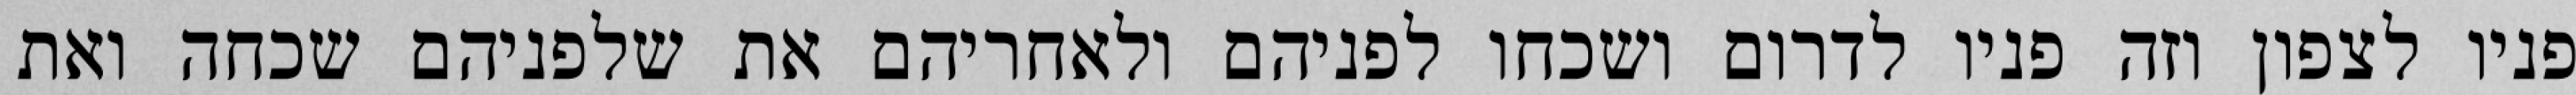
פניו לצפון וזה פניו לדרום ושכחו לפניהם ולאחריהם את שלפניהם שכחה ואת